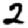
Digit: 2